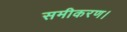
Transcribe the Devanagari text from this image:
समीकरण।